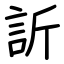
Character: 訢